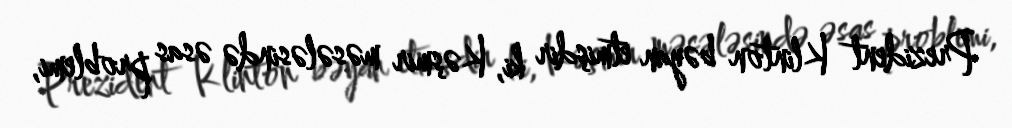
Prezident Klinton bəyan etmişdir ki, Kəşmir məsələsində əsas problemi,